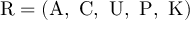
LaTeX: { \mathrm { R } } = ( { \mathrm { A , ~ C , ~ U , ~ P , ~ K } } )